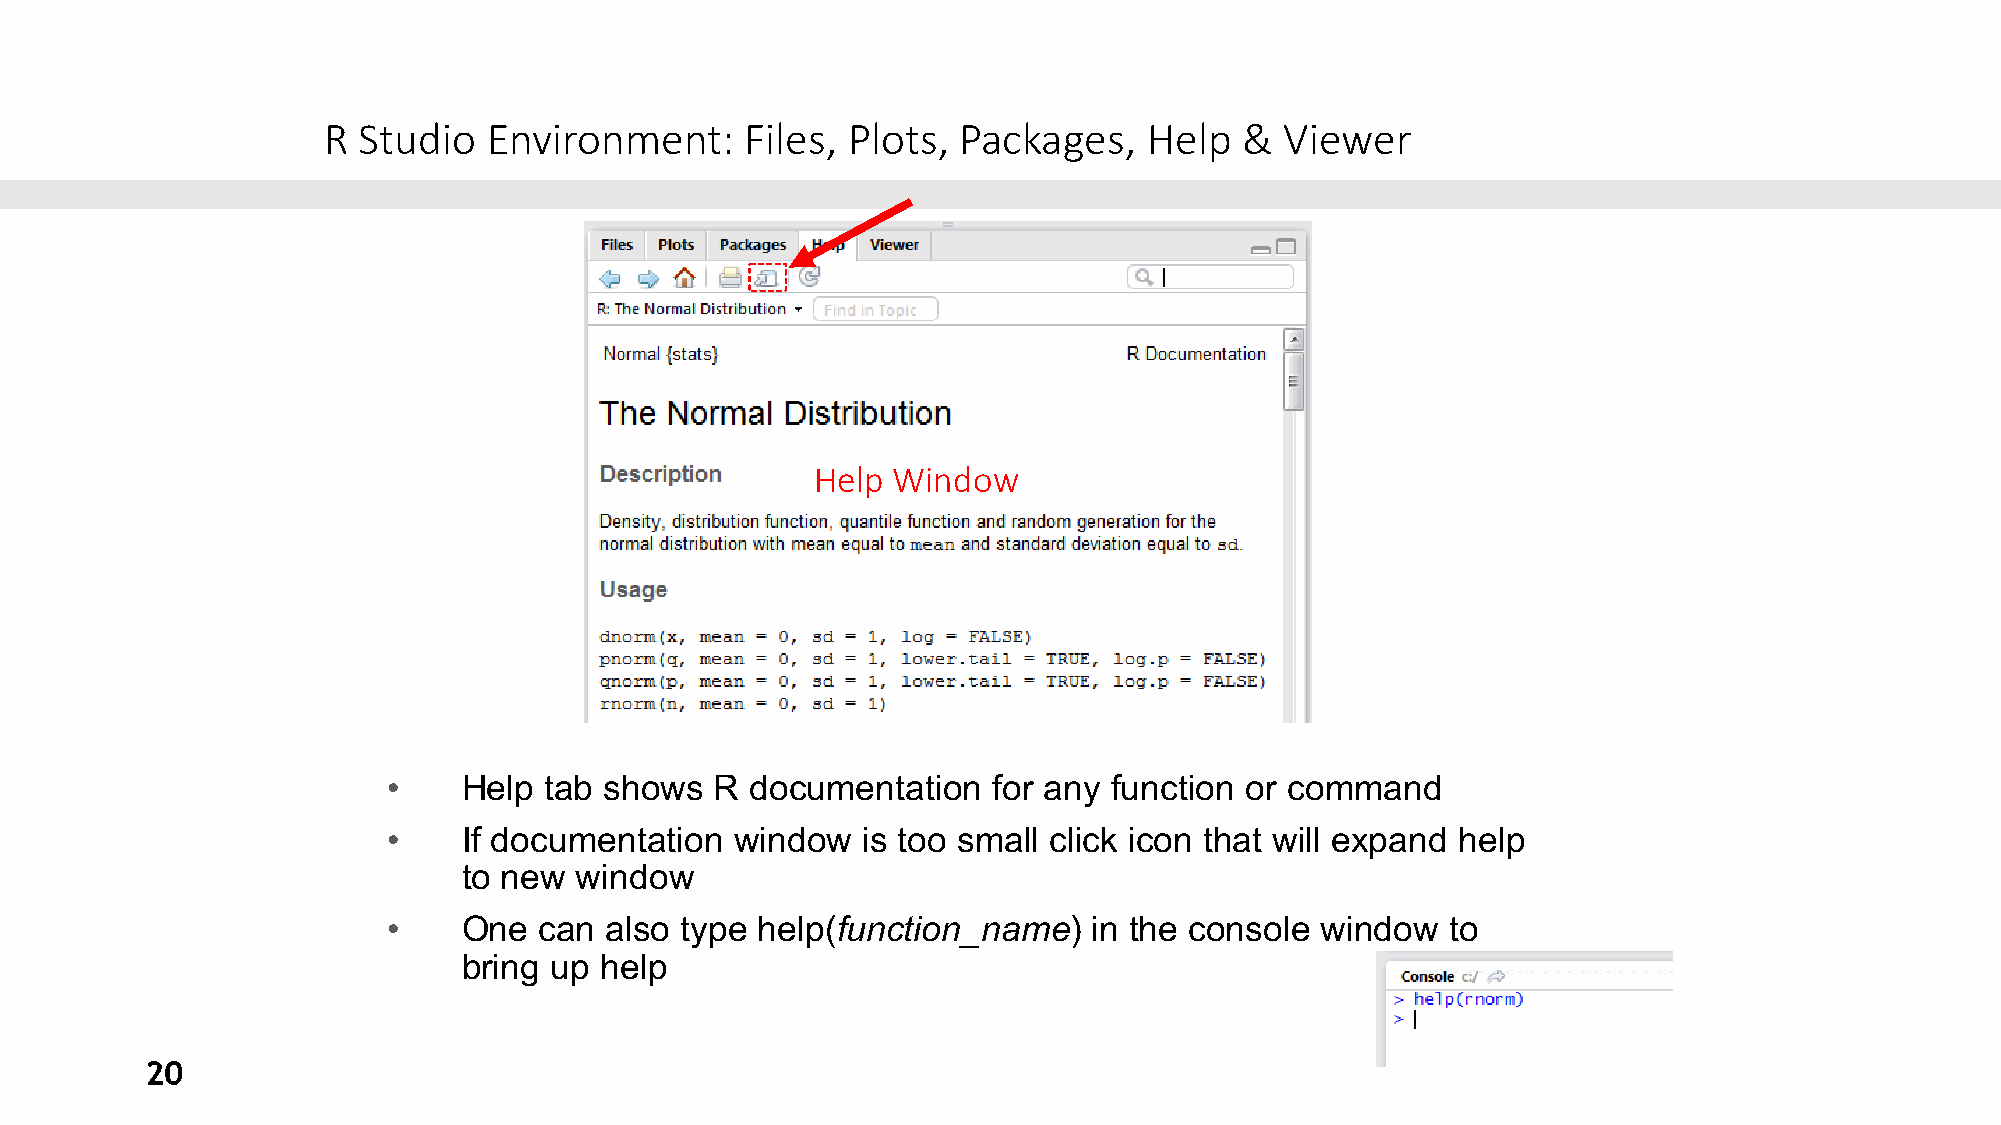
R  Studio  Environment:     Files, Plots, Packages,    Help  &  Viewer
 Help Window
 •    Help tab shows  R  documentation   for any function or command
 •    If documentation  window  is too small click icon that will expand help
 to new window
 •    One  can also type help(function_name)   in the console window   to
 bring up help
 20